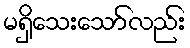
မရှိသေးသော်လည်း